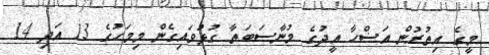
މީގެ އިތުރުން އަޟްހާ އީދުގެ މުނާސަބަތާ ގުޅުވައިގެން މިމަހުގެ 13 އަދި 14